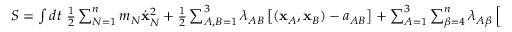
\begin{array} { r } { S = \int d t ~ \frac 1 2 \sum _ { N = 1 } ^ { n } m _ { N } \dot { \bf x } _ { N } ^ { 2 } + \frac 1 2 \sum _ { A , B = 1 } ^ { 3 } \lambda _ { A B } \left[ ( { \bf x } _ { A } , { \bf x } _ { B } ) - a _ { A B } \right] + \sum _ { A = 1 } ^ { 3 } \sum _ { \beta = 4 } ^ { n } \lambda _ { A \beta } \left[ ( { \bf x } _ { A } , { \bf x } _ { \beta } ) - a _ { A \beta } \right] . } \end{array}